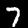
Label: 7